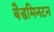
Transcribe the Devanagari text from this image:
बैडमिनटन